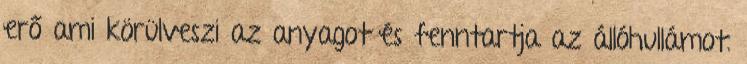
erő ami körülveszi az anyagot és fenntartja az állóhullámot.